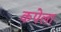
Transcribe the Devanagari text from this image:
कपेला